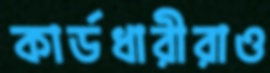
কার্ডধারীরাও